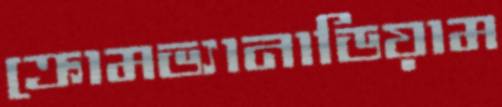
ক্রোমভ্যানাডিয়াম